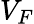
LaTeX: V_{F}